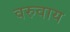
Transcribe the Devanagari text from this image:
वरुवाय